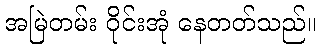
အမြဲတမ်း ဝိုင်းအုံ နေတတ်သည်။